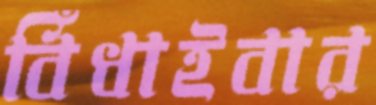
বিঁধাইবার